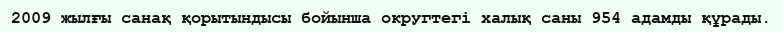
2009 жылғы санақ қорытындысы бойынша округтегі халық саны 954 адамды құрады.